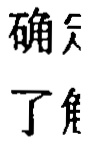
确 了解